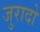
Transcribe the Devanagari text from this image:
जुरादो